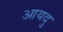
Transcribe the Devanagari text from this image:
आयदु